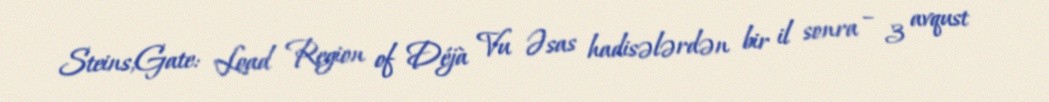
Steins;Gate: Load Region of Déjà Vu Əsas hadisələrdən bir il sonra – 3 avqust